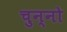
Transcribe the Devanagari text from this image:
चुन्नो